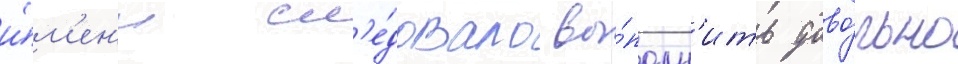
и́м'ен'и сл'е́довало вы́полн'ить дово́льно